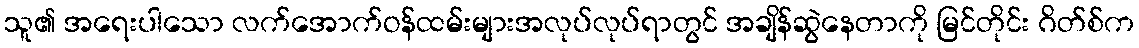
သူ၏ အရေးပါသော လက်အောက်ဝန်ထမ်းများအလုပ်လုပ်ရာတွင် အချိန်ဆွဲနေတာကို မြင်တိုင်း ဂိတ်စ်က